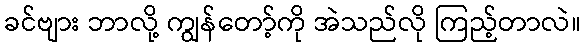
ခင်ဗျား ဘာလို့ ကျွန်တော့်ကို အဲသည်လို ကြည့်တာလဲ။